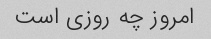
امروز چه روزی است